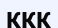
ККК